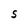
Character: S